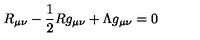
R _ { \mu \nu } - \frac { 1 } { 2 } R g _ { \mu \nu } + \Lambda g _ { \mu \nu } = 0